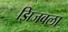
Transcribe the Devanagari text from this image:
झिजवला